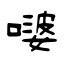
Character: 嘙